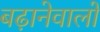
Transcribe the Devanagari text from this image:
बढ़ानेवालों